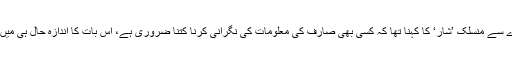
ساتھ ہی جرمنی میں کوائف کے تحفظ کے ادارے سے منسلک ’شار‘ کا کہنا تھا کہ کسی بھی صارف کی معلومات کی نگرانی کرنا کتنا ضروری ہے، اس بات کا اندازہ حال ہی میں وکی لیکس کے معاملے سے لگایا جا سکتا ہے۔